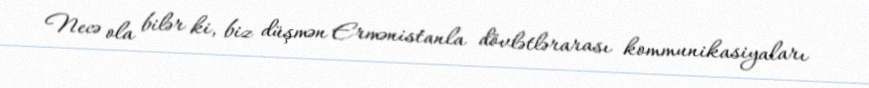
Necə ola bilər ki, biz düşmən Ermənistanla dövlətlərarası kommunikasiyaları